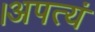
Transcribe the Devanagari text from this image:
।अपत्यं